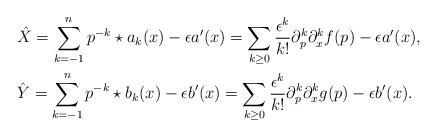
\begin{align*}&\hat{X} = \sum_{k=-1}^n p^{-k} \star a_k(x) - \epsilon a'(x) = \sum_{k \geq 0} \frac{\epsilon^k}{k!}\partial_p^k\partial_x^k f(p) - \epsilon a'(x), \\&\hat{Y} = \sum_{k=-1}^n p^{-k} \star b_k(x) - \epsilon b'(x) = \sum_{k \geq 0} \frac{\epsilon^k}{k!}\partial_p^k\partial_x^k g(p) - \epsilon b'(x).\end{align*}